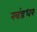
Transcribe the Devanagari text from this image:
खंडधर